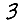
Digit: 3